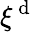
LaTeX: \xi^{\mathrm{~d~}}